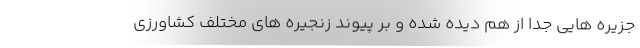
جزیره هایی جدا از هم دیده شده و بر پیوند زنجیره های مختلف کشاورزی